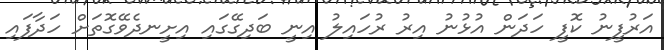
އަރުފީނު ކޮފީ ހަދަން އުޅުނު އިރު ރުހައިލު އިނީ ބަދިގޭގައި އިށީނދެވޭގޮތަށް ހަދާފައި